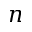
n